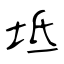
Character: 坻